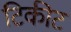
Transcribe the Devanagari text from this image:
टिकीट